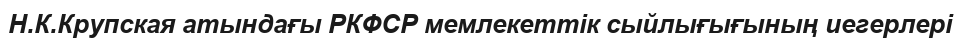
Н.К.Крупская атындағы РКФСР мемлекеттік сыйлығығының иегерлері